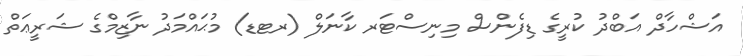
އަޝްހާދް އަބްދު ކުރީގެ ޑިފެންސް މިނިސްޓަރ ކާނަލް (ރޓޑ) މުޙައްމަދު ނާޒިމްގެ ޝަރީޢަތް